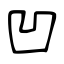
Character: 凹